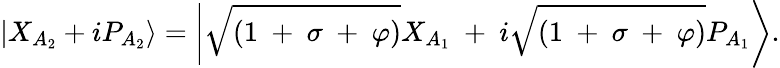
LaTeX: \left|{X}_{A_{2}}+i{P}_{A_{2}}\right\rangle=\left|\sqrt{\left(1\mathrm{~+~}\sigma\mathrm{~+~}\varphi\right)}{{X}_{A_{1}}}\mathrm{~+~}i\sqrt{\left(1\mathrm{~+~}\sigma\mathrm{~+~}\varphi\right)}{{P}_{A_{1}}}\right\rangle.